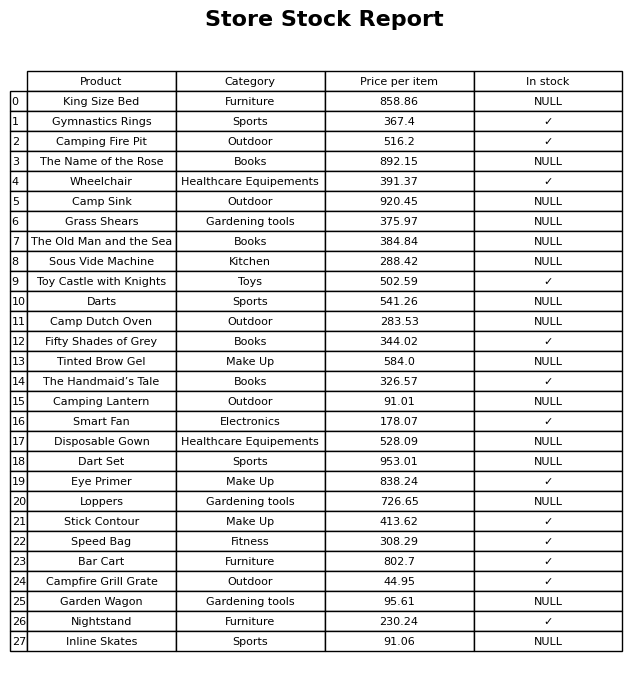
question: Is the Tinted Brow Gel in stock?
answer: NULL